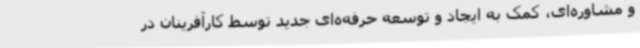
و مشاوره‌ای، کمک به ایجاد و توسعه حرفه‌ه‌ای جدید توسط کارآفرینان در